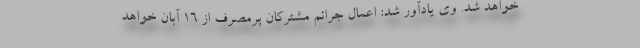
خواهد شد. وی یادآور شد: اعمال جرائم مشترکان پرمصرف از 16 آبان خواهد